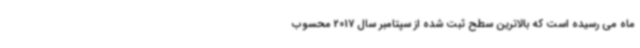
ماه می رسیده است که بالاترین سطح ثبت شده از سپتامبر سال 2017 محسوب